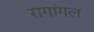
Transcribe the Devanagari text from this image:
रागांगल